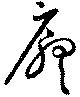
庁